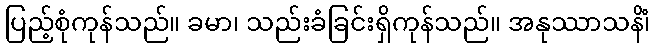
ပြည့်စုံကုန်သည်။ ခမာ၊ သည်းခံခြင်းရှိကုန်သည်။ အနုဿာသနိံ၊